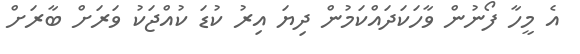
އެ މީހާ ފޯނުން ވާހަކަދައްކަމުން ދިޔަ އިރު ކުޑަ ކުއްޖަކު ވަރަށް ބާރަށް